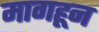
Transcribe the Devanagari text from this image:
मागहून